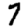
Digit: 7